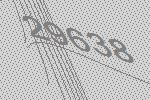
29638